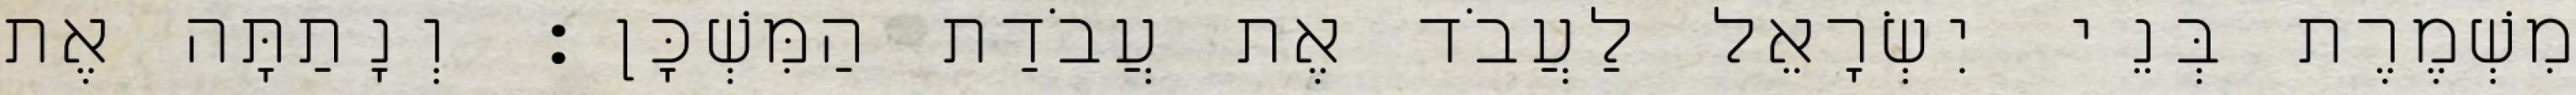
מִשְׁמֶרֶת בְּנֵי יִשְׂרָאֵל לַעֲבֹד אֶת עֲבֹדַת הַמִּשְׁכָּן׃ וְנָתַתָּה אֶת